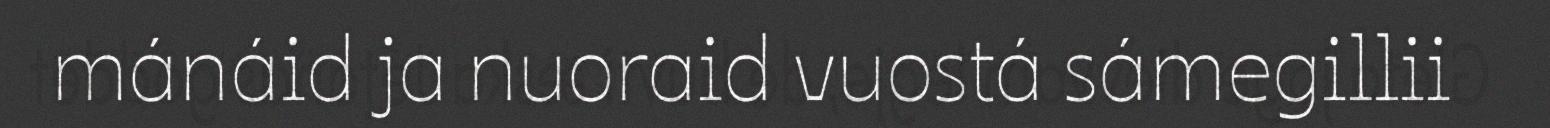
mánáid ja nuoraid vuostá sámegillii